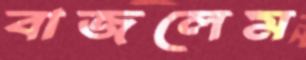
বাজলেম